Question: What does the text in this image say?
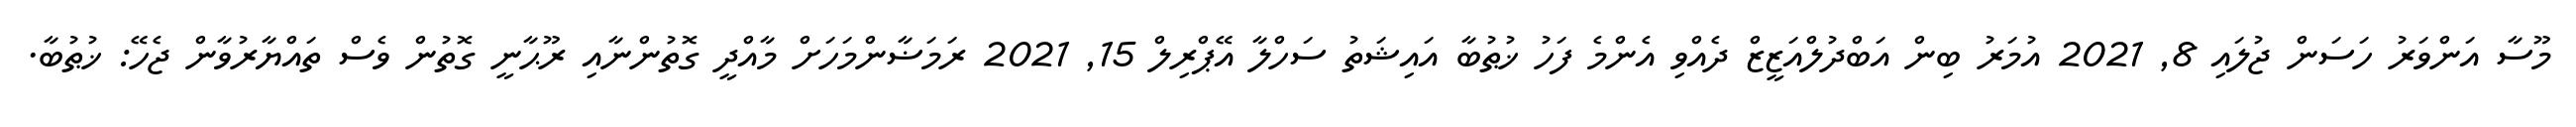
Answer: މޫސާ އަންވަރު ހަސަން ޖުލައި 8, 2021 އުމަރު ބިން އަބްދުލްއަޒީޒް ދެއްވި އެންމެ ފަހު ޚުޠުބާ އައިޝަތު ސަހްލާ އޭޕްރިލް 15, 2021 ރަމަޟާންމަހަށް މާއްދީ ގޮތުންނާއި ރޫޙާނީ ގޮތުން ވެސް ތައްޔާރުވާން ޖެހޭ: ޚުޠުބާ.